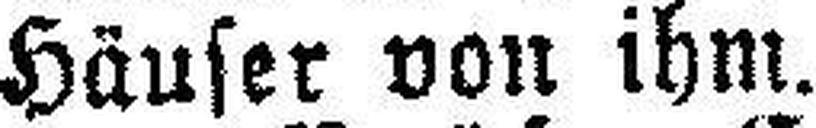
Häuser von ihm.